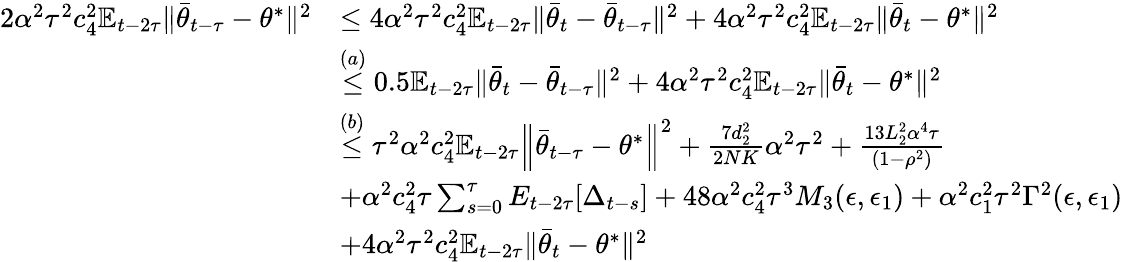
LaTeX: \begin{array}{rl}{2\alpha^{2}\tau^{2}c_{4}^{2}\mathbb{E}_{t-2\tau}\lVert\bar{\theta}_{t-\tau}-\theta^{*}\rVert^{2}}&{\leq 4\alpha^{2}\tau^{2}c_{4}^{2}\mathbb{E}_{t-2\tau}\lVert\bar{\theta}_{t}-\bar{\theta}_{t-\tau}\rVert^{2}+4\alpha^{2}\tau^{2}c_{4}^{2}\mathbb{E}_{t-2\tau}\lVert\bar{\theta}_{t}-\theta^{*}\rVert^{2}}\\ &{\stackrel{(a)}{\leq}0.5\mathbb{E}_{t-2\tau}\lVert\bar{\theta}_{t}-\bar{\theta}_{t-\tau}\rVert^{2}+4\alpha^{2}\tau^{2}c_{4}^{2}\mathbb{E}_{t-2\tau}\lVert\bar{\theta}_{t}-\theta^{*}\rVert^{2}}\\ &{\stackrel{(b)}{\le}\tau^{2}\alpha^{2}c_{4}^{2}\mathbb{E}_{t-2\tau}\Big\lVert\bar{\theta}_{t-\tau}-\theta^{*}\Big\rVert^{2}+\frac{7d_{2}^{2}}{2NK}\alpha^{2}\tau^{2}+\frac{13L_{2}^{2}\alpha^{4}\tau}{(1-\rho^{2})}}\\ &{+\alpha^{2}c_{4}^{2}\tau\sum_{s=0}^{\tau}E_{t-2\tau}[\Delta_{t-s}]+48\alpha^{2}c_{4}^{2}\tau^{3}M_{3}(\epsilon,\epsilon_{1})+\alpha^{2}c_{1}^{2}\tau^{2}\Gamma^{2}(\epsilon,\epsilon_{1})}\\ &{+4\alpha^{2}\tau^{2}c_{4}^{2}\mathbb{E}_{t-2\tau}\lVert\bar{\theta}_{t}-\theta^{*}\rVert^{2}}\end{array}